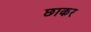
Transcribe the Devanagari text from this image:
छाकर